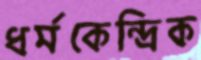
ধর্মকেন্দ্রিক